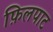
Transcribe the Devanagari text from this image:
फ़िलपाट